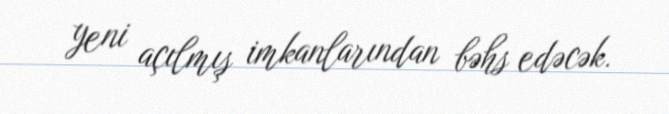
yeni açılmış imkanlarından bəhs edəcək.